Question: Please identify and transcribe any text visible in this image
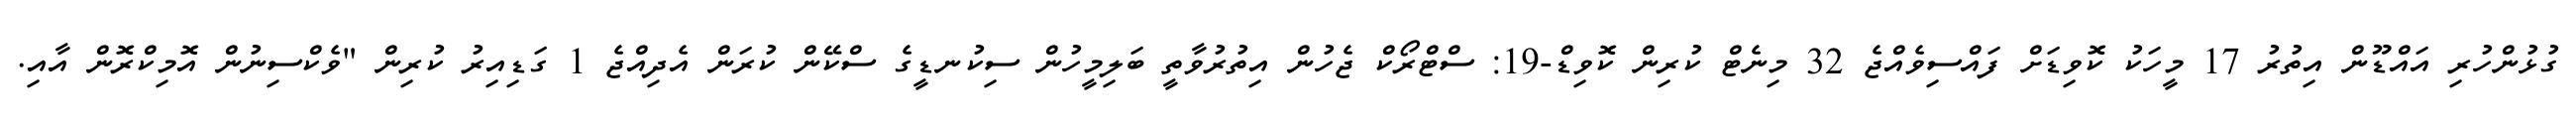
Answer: ގުޅުންހުރި އައްޑޫން އިތުރު 17 މީހަކު ކޮވިޑަށް ފައްސިވެއްޖެ 32 މިނެޓް ކުރިން ކޮވިޑް-19: ސްޓްރޯކް ޖެހުން އިތުރުވާތީ ބަލިމީހުން ސިކުނޑީގެ ސްކޭން ކުރަން އެދިއްޖެ 1 ގަޑިއިރު ކުރިން "ވެކްސިނުން އޮމިކްރޮން އާއި.